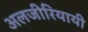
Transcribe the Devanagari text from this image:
अलजीरियायी